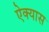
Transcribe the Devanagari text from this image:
ऐक्यास